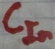
Text: CIn